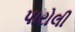
પારોલી